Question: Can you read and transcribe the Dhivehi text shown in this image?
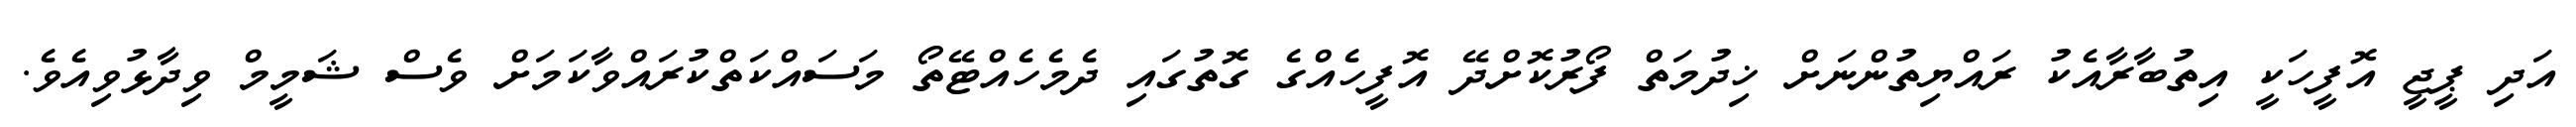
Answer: އަދި ޕީޖީ އޮފީހަކީ އިތުބާރާއެކު ރައްޔިތުންނަށް ޚިދުމަތް ފޯރުކޮށްދޭ އޮފީހެއްގެ ގޮތުގައި ދެމެހެއްޓޭތޯ މަސައްކަތްކުރައްވާކަމަށް ވެސް ޝަމީމް ވިދާޅުވިއެވެ.